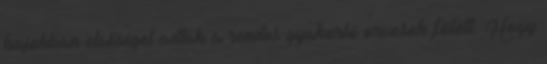
bajokban elsőséget adtak a rendes gyakorló orvosok fölött. Hogy